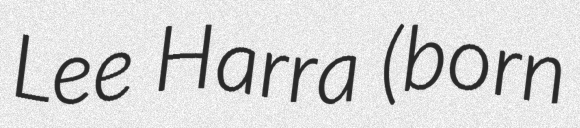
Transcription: Lee Harra (born